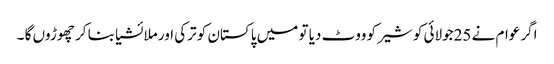
اگر عوام نے 25جولائی کو شیر کو ووٹ دیا تو میں پاکستان کو ترکی اور ملائشیا بنا کر چھوڑوں گا ۔